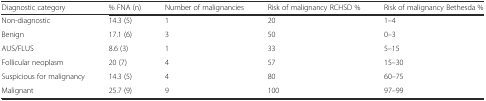
<table><thead><tr><td><b>Diagnostic category</b></td><td><b>% FNA (n)</b></td><td><b>Number of malignancies</b></td><td><b>Risk of malignancy RCHSD %</b></td><td><b>Risk of malignancy Bethesda %</b></td></tr></thead><tbody><tr><td>Non-diagnostic</td><td>14.3 (5)</td><td>1</td><td>20</td><td>1–4</td></tr><tr><td>Benign</td><td>17.1 (6)</td><td>3</td><td>50</td><td>0–3</td></tr><tr><td>AUS/FLUS</td><td>8.6 (3)</td><td>1</td><td>33</td><td>5–15</td></tr><tr><td>Follicular neoplasm</td><td>20 (7)</td><td>4</td><td>57</td><td>15–30</td></tr><tr><td>Suspicious for malignancy</td><td>14.3 (5)</td><td>4</td><td>80</td><td>60–75</td></tr><tr><td>Malignant</td><td>25.7 (9)</td><td>9</td><td>100</td><td>97–99</td></tr></tbody></table>